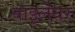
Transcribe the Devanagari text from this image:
बाइलेयर